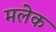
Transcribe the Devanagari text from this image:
मलेक